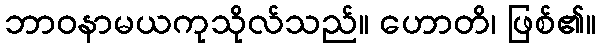
ဘာဝနာမယကုသိုလ်သည်။ ဟောတိ၊ ဖြစ်၏။